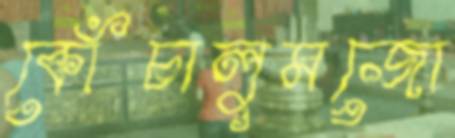
কোঁচালুমজো